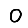
Digit: 0